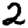
Digit: 2